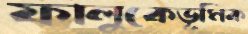
ফালুকেভূমিক